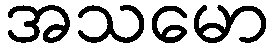
အသမော